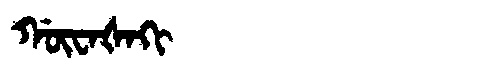
Manchu: ᡤᡡᠸᠠᡧᠠᡴᡳ
Romanization: GŪWAŠAKI